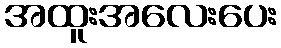
အထူးအလေးပေး